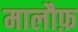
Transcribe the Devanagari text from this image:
मालौफ़